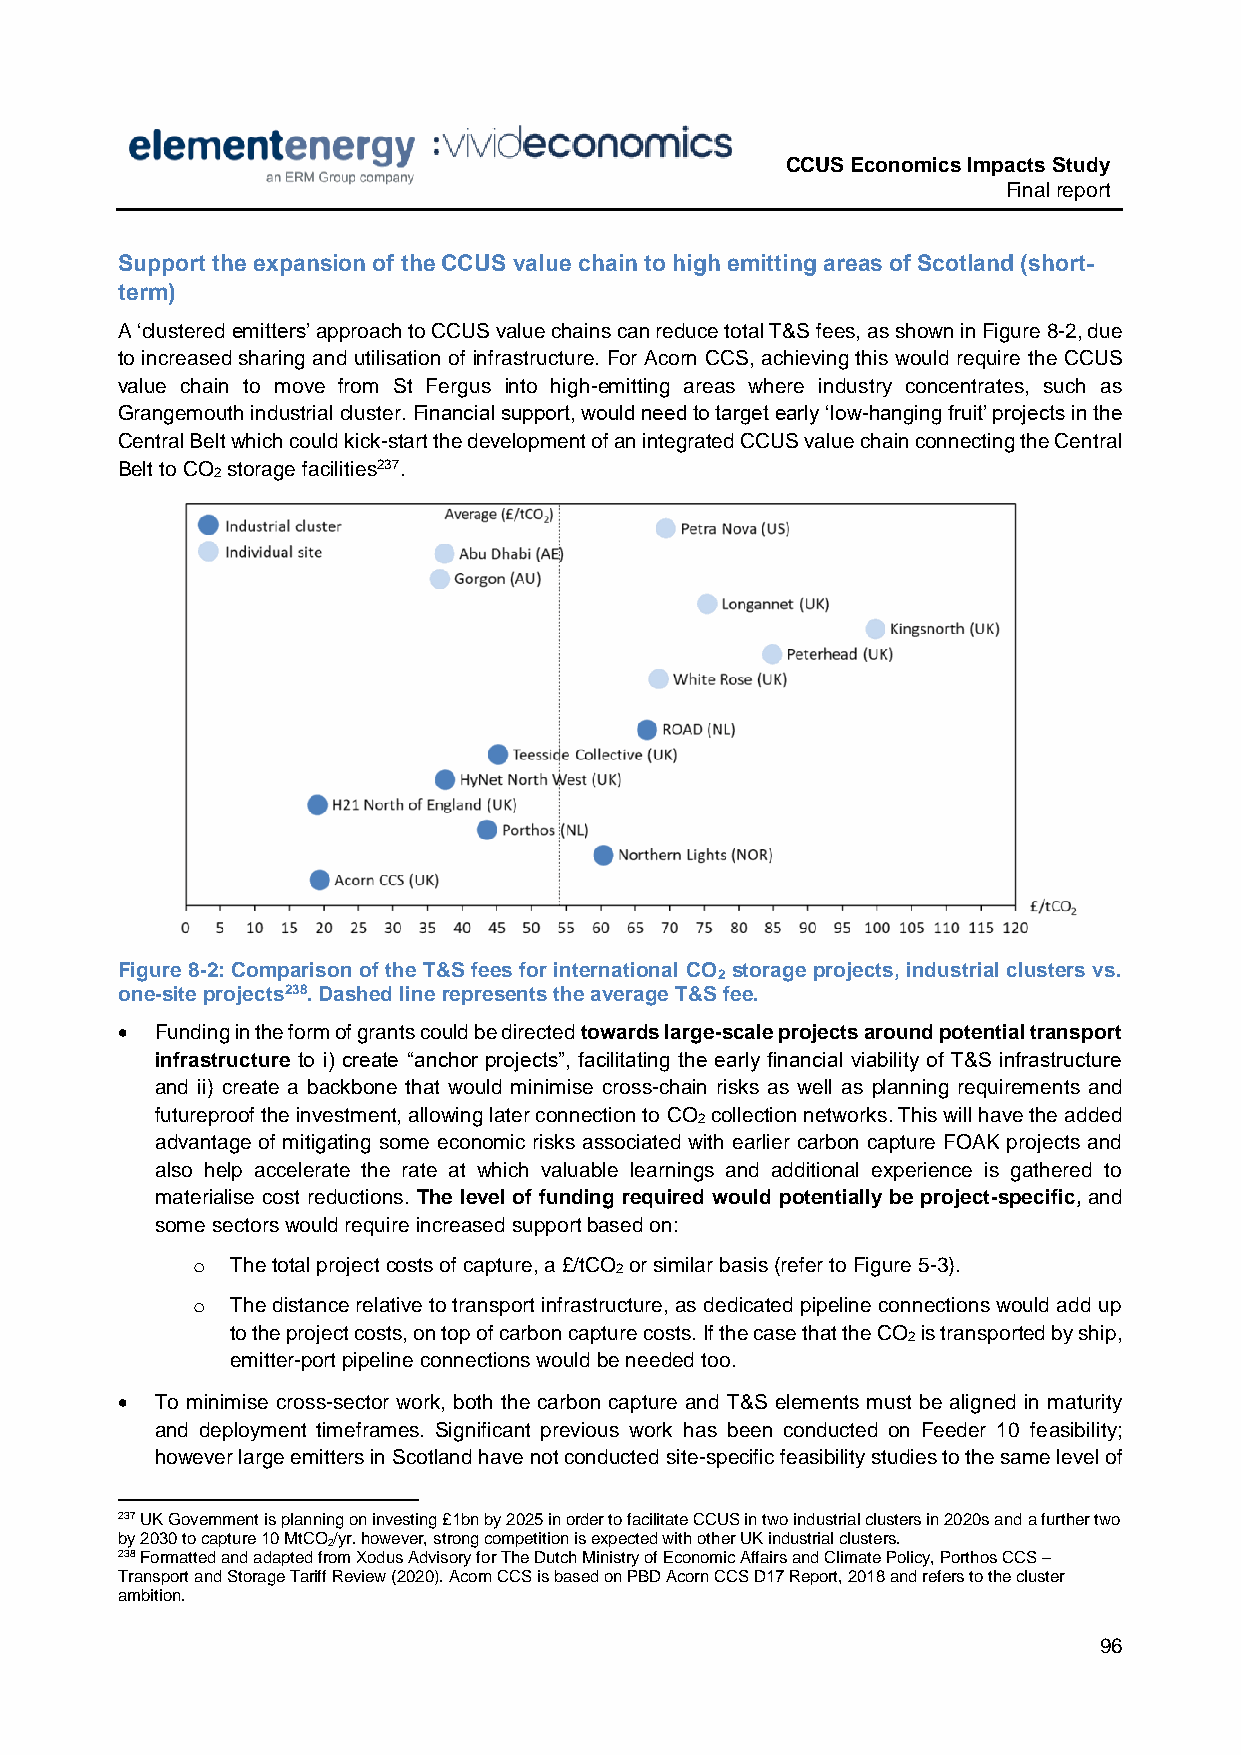
CCUS Economics Impacts Study
 Final report
 Support the expansion of the CCUS value chain to high emitting areas of Scotland (short-
 term)
 A ‘clustered emitters’ approach to CCUS value chains can reduce total T&S fees, as shown in Figure 8-2, due
 to increased sharing and utilisation of infrastructure. For Acorn CCS, achieving this would require the CCUS
 value chain to move from St Fergus into high-emitting areas where industry concentrates, such as
 Grangemouth industrial cluster. Financial support, would need to target early ‘low-hanging fruit’ projects in the
 Central Belt which could kick-start the development of an integrated CCUS value chain connecting the Central
 Belt to CO storage facilities237.
 2
 Figure 8-2: Comparison of the T&S fees for international CO storage projects, industrial clusters vs.
 2
 one-site projects238. Dashed line represents the average T&S fee.
  Funding in the form of grants could be directed towards large-scale projects around potential transport
 infrastructure to i) create “anchor projects”, facilitating the early financial viability of T&S infrastructure
 and ii) create a backbone that would minimise cross-chain risks as well as planning requirements and
 futureproof the investment, allowing later connection to CO collection networks. This will have the added
 2
 advantage of mitigating some economic risks associated with earlier carbon capture FOAK projects and
 also help accelerate the rate at which valuable learnings and additional experience is gathered to
 materialise cost reductions. The level of funding required would potentially be project-specific, and
 some sectors would require increased support based on:
 o The total project costs of capture, a £/tCO or similar basis (refer to Figure 5-3).
 2
 o The distance relative to transport infrastructure, as dedicated pipeline connections would add up
 to the project costs, on top of carbon capture costs. If the case that the CO is transported by ship,
 2
 emitter-port pipeline connections would be needed too.
  To minimise cross-sector work, both the carbon capture and T&S elements must be aligned in maturity
 and deployment timeframes. Significant previous work has been conducted on Feeder 10 feasibility;
 however large emitters in Scotland have not conducted site-specific feasibility studies to the same level of
 237 UK Government is planning on investing £1bn by 2025 in order to facilitate CCUS in two industrial clusters in 2020s and a further two
 by 2030 to capture 10 MtCO/yr. however, strong competition is expected with other UK industrial clusters.
 2
 238 Formatted and adapted from Xodus Advisory for The Dutch Ministry of Economic Affairs and Climate Policy, Porthos CCS –
 Transport and Storage Tariff Review (2020). Acorn CCS is based on PBD Acorn CCS D17 Report, 2018 and refers to the cluster
 ambition.
 96